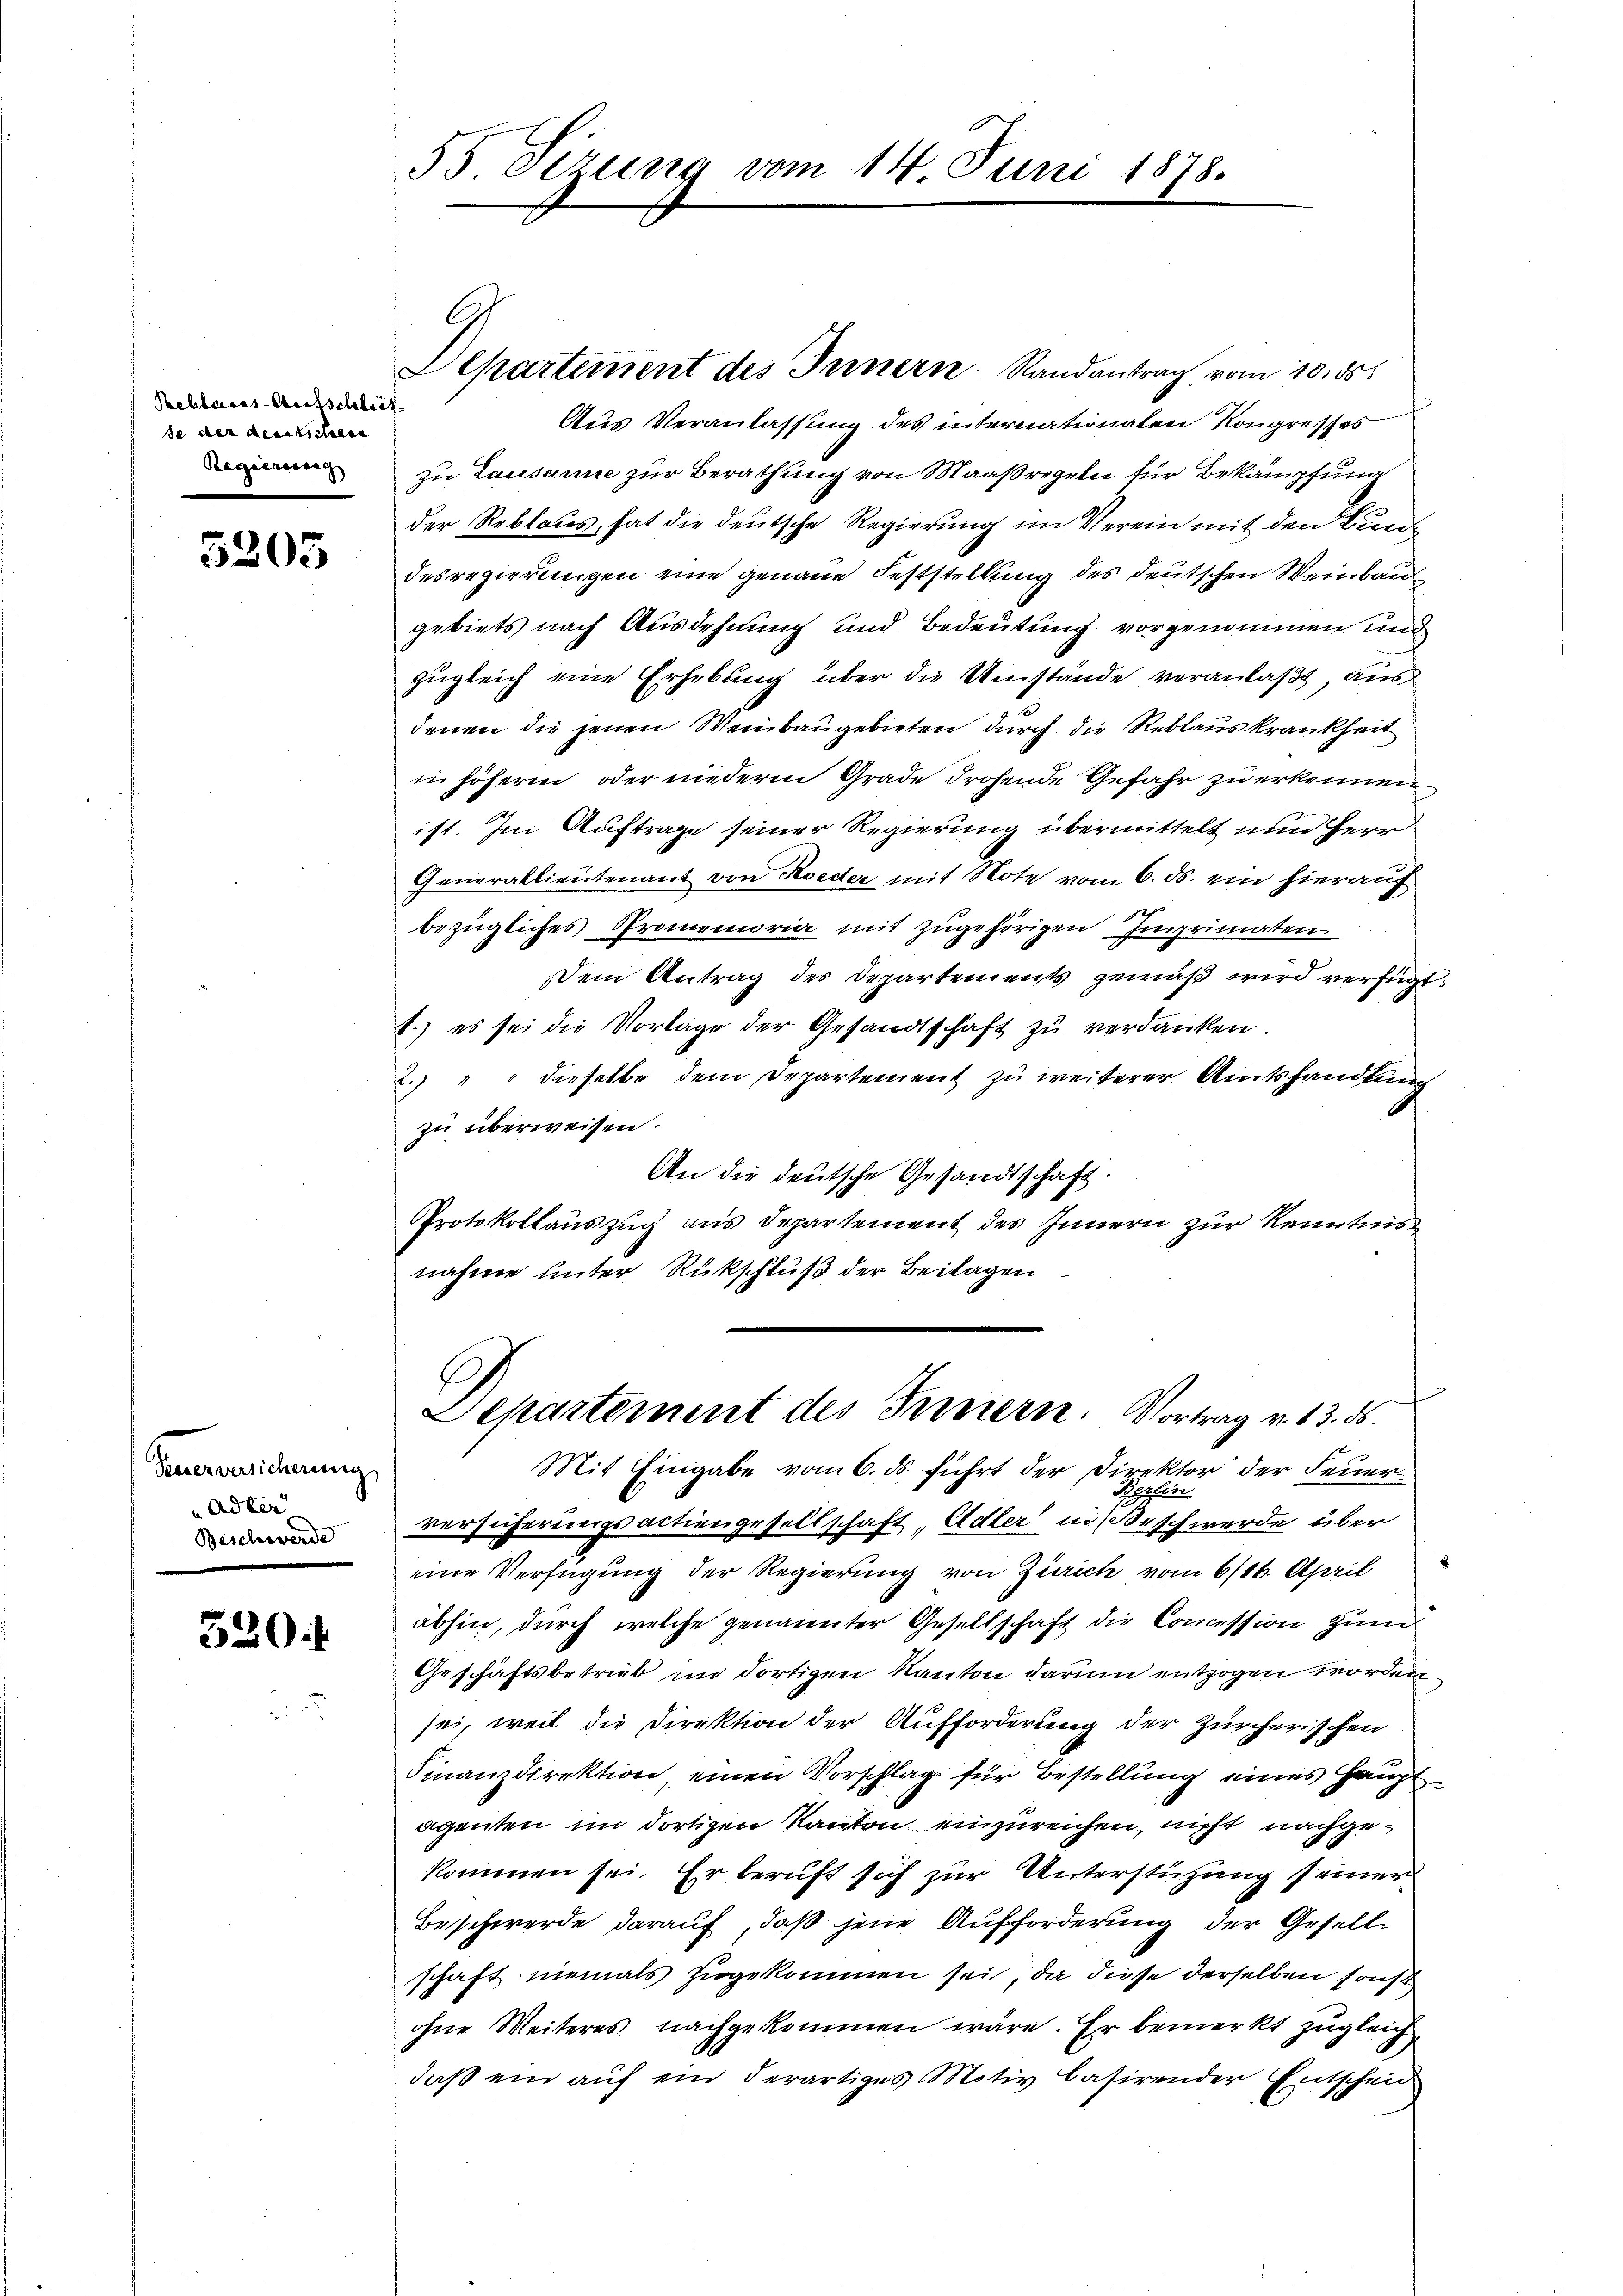
Reblaiss-Aufschlies
se der denstschiene
Regierung

5205

Feuerversicherung
Adler
Beschwerde

530.

Aepartement des Innern Randantrag vom 10. ds.
Aus Veranlassung des internationalen Kongresses
zu Lausanne zur Berathung von Maaßregeln für Bekämpfung
der Reblaues, hat die deutsche Regierung im Verein mit den Bundesregierungen eine genaue Feststellung des deutschen Weinbau
gebiets nach Ausdehnung und Bedeutung vorgenommen und
zugleich eine Erhebung über die Umstände veranlaßt, aus
denen die jenen Weinbaugebieten durch die Reblaus krankheit
in höheren, oder niederm Grade drohende Gefahr zu erkennen
ist. Im Auftrage seiner Regierung übermittelt und Herr
Generallieutenant von Koeder mit Note vom 6. ds. ein hierauf
x
bezügliches Promemoria mit zugehörigen Imprimaten
Dem Antrag des Departements gemäß wird verfügt.
1.) es sei die Vorlage der Gesandtschaft zu verdanken.
2.) " " dieselbe dem Departement zu weiterer Amtshandlung
zu überweisen.
An die deutsche Gesandtschaft.
Protokollauszug aus Departement des Innern zur Kenntnis
nahme unter Rückschluß der Beilagen

55 Sirung

G.

Herten
versicherungsactiengesellschaft, Adler in Beschwerde über
eine Verfügung der Regierung von Zürich vom 6/16. April
abhin, durch welche genannter Gesellschaft die Commission zum
Geschäftsbetrieb im dortigen Kanton darum entzogen worden
sei, weil die Direktion der Aufforderung der zürcherischen
Finanzdirektion einen Vorschlag für Bestellung eines Hauptagenten im dortigen Kanton einzureichen, nicht nachgekommen sei. Er beruft sich zur Unterstützung seiner
Beschwerde darauf, daß jene Aufforderung der Gesell
schaft niemals zugekommen sei, da diese derselben sonst
ohne Weiteres nachgekommen wäre. Er bemerkt zugleich
daß ein auf ein derartiges Motiv basirender Entscheid

vom 14. Juni 1878.

Separtement des Innern. Vortrag v. 13. ds.
Mit Eingabe vom 6. ds. führt der Direktor der Feuer¬